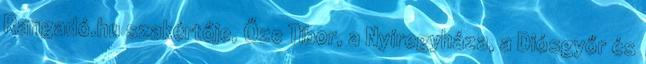
Rangadó.hu szakértője, Őze Tibor, a Nyíregyháza, a Diósgyőr és